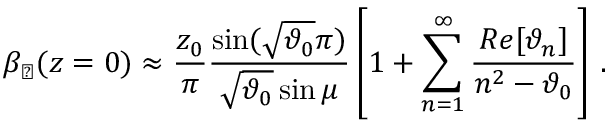
\beta _ { \perp } ( z = 0 ) \approx \frac { z _ { 0 } } { \pi } \frac { \sin ( \sqrt { \vartheta _ { 0 } } \pi ) } { \sqrt { \vartheta _ { 0 } } \sin \mu } \left[ 1 + \sum _ { n = 1 } ^ { \infty } \frac { R e [ \vartheta _ { n } ] } { n ^ { 2 } - \vartheta _ { 0 } } \right] \, .